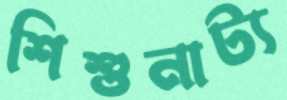
শিশুনাট্য